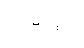
လမ်းဖွင့်